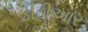
ડીડીઆર